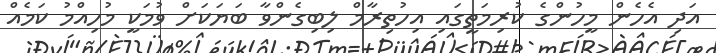
އަދި އެހެން މީހުންގެ ކުރިމަތީގައި އިހުތިރާމް ލިބިގެންވާ ބަޔަކަށް ވުމަކީ މުހިއްމު ކަމެއް